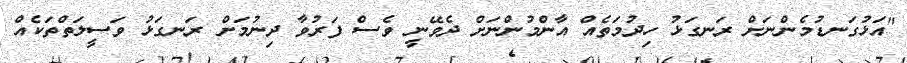
"އަޅުގަނޑުމެންނަށް ރަނގަޅު ހިދުމަތެއް އާންމުންނަށް ދެވޭނީ ވެސް ފަރުވާ ދިނުމަށް ރަނގަޅު ވަސީލަތްތަކެއް